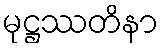
မုဋ္ဌဿတိနာ